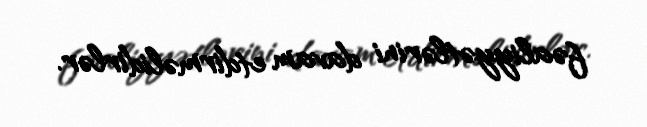
fəaliyyətlərini davam etdirməlidirlər.